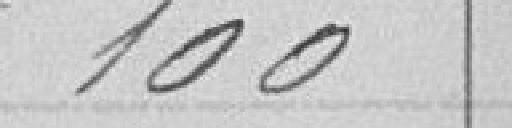
100